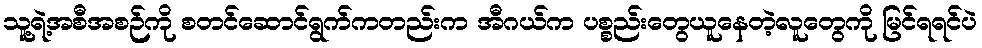
သူ့ရဲ့အစီအစဉ်ကို စတင်ဆောင်ရွက်ကတည်းက အီဂယ်က ပစ္စည်းတွေယူနေတဲ့လူတွေကို မြင်ရရင်ပဲ